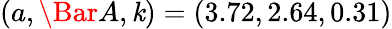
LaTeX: (a,\Bar{A},\mathit{k})=(3.72,2.64,0.31)